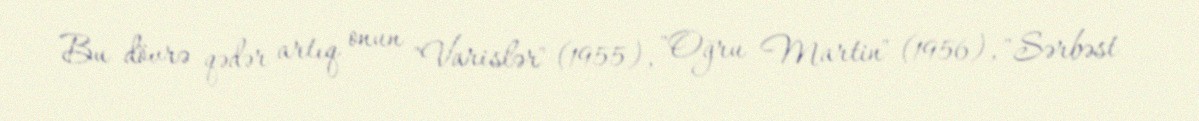
Bu dövrə qədər artıq onun "Varislər" (1955), "Oğru Martin" (1956), "Sərbəst